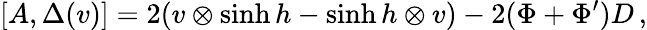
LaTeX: [A,\Delta(v)]=2(v\otimes\sinh h-\sinh h\otimes v)-2(\Phi+\Phi^{\prime})D\, ,